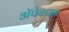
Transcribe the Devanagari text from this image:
ॲपेनाइन